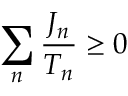
\sum _ { n } { \frac { J _ { n } } { T _ { n } } } \geq 0